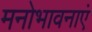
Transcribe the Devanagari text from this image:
मनोभावनाएं